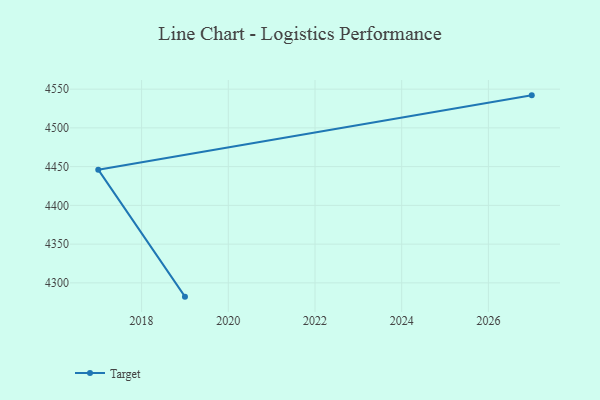
{"axis": {"x": "Year", "y": "Demand Index"}, "legend": ["Target"], "data": [{"x": "2019", "y": 4282.2, "type": "Target"}, {"x": "2017", "y": 4446.1, "type": "Target"}, {"x": "2027", "y": 4542.0, "type": "Target"}]}